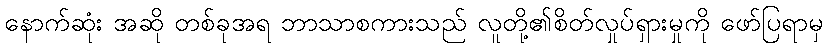
နောက်ဆုံး အဆို တစ်ခုအရ ဘာသာစကားသည် လူတို့၏စိတ်လှုပ်ရှားမှုကို ဖော်ပြရာမှ